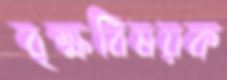
বৃক্ষবিষয়ক